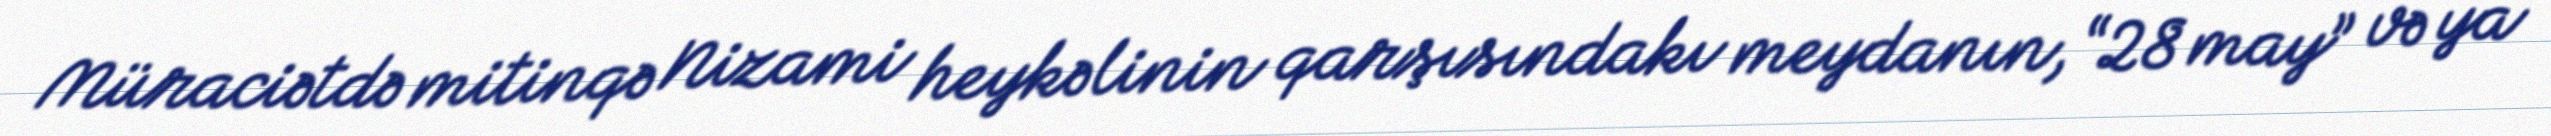
Müraciətdə mitinqə Nizami heykəlinin qarşısındakı meydanın, “28 may” və ya